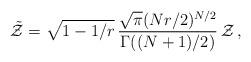
LaTeX: \begin{align*}\tilde {\cal Z} = \sqrt{1-1/r}\, {\sqrt{\pi} (Nr/2)^{N/2}\over\Gamma ((N+1)/2)} \, {\cal Z}\, ,\end{align*}